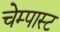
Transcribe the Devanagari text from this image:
चेम्पास्ट